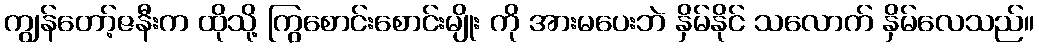
ကျွန်တော့်ဇနီးက ထိုသို့ ကြွစောင်းစောင်းမျိုး ကို အားမပေးဘဲ နှိမ်နိုင် သလောက် နှိမ်လေသည်။